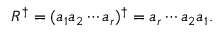
R ^ { \dagger } = ( a _ { 1 } a _ { 2 } \cdots a _ { r } ) ^ { \dagger } = a _ { r } \cdots a _ { 2 } a _ { 1 } .